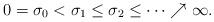
LaTeX: \begin{align*}0=\sigma_0<\sigma_1\leq \sigma_2\leq \cdots \nearrow \infty.\end{align*}